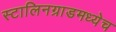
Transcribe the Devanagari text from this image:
स्टालिनग्राडमध्येच